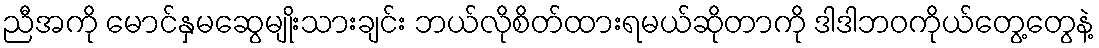
ညီအကို မောင်နှမဆွေမျိုးသားချင်း ဘယ်လိုစိတ်ထားရမယ်ဆိုတာကို ဒါဒါဘဝကိုယ်တွေ့တွေနဲ့